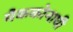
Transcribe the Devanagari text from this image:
मैककोनाघी